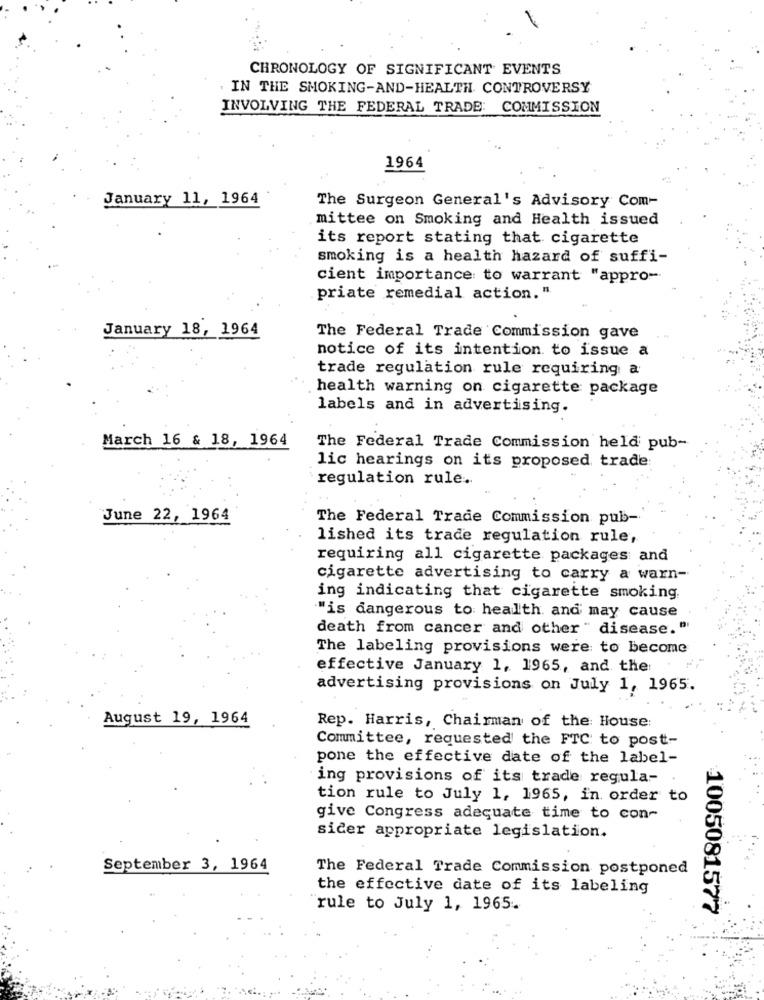
CHRONOLOGY OF SIGNIFICANT EVENTS
IN THE SMOKING-AND-HEALTH CONTROVERSY
INVOLVING THE FEDERAL TRADE: COMMISSION
1964
January 11, 1964
The Surgeon General's Advisory Com-
mittee on Smoking and Health issued
its report stating that cigarette
smoking is a health hazard of suffi-
cient importance to warrant "appro-
priate remedial action. "
January 18, 1964
The Federal Trade Commission gave
notice of its intention to issue a
trade regulation rule requiring a
health warning on cigarette package
labels and in advertising.
March 16 & 18, 1964
The Federal Trade Commission held pub-
lic hearings on its proposed trade:
regulation rule.
"June 22, 1964
The Federal Trade Commission pub-
lished its trade regulation rule,
requiring all cigarette packages and
cigarette advertising to carry a warn-
ing indicating that cigarette smoking
""is dangerous to health and may cause
death from cancer and other " disease."
The labeling provisions were to become
effective January 1, 1965, and the
advertising provisions on July 1, 1965.
August 19, 1964
Rep. Harris, Chairman of the House:
Committee, requested the FTC to post-
pone the effective date of the label-
ing provisions of its trade regula-
tion rule to July 1, 1965, in order to
give Congress adequate time to con-
sicer appropriate legislation.
September 3, 1964
The Federal Trade Commission postponed
the effective date of its labeling
rule to July 1, 1965.
1005081577